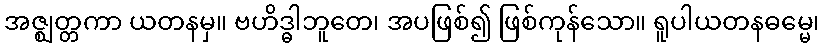
အဇ္ဈတ္တကာ ယတနမှ။ ဗဟိဒ္ဓါဘူတေ၊ အပဖြစ်၍ ဖြစ်ကုန်သော။ ရူပါယတနဓမ္မေ၊